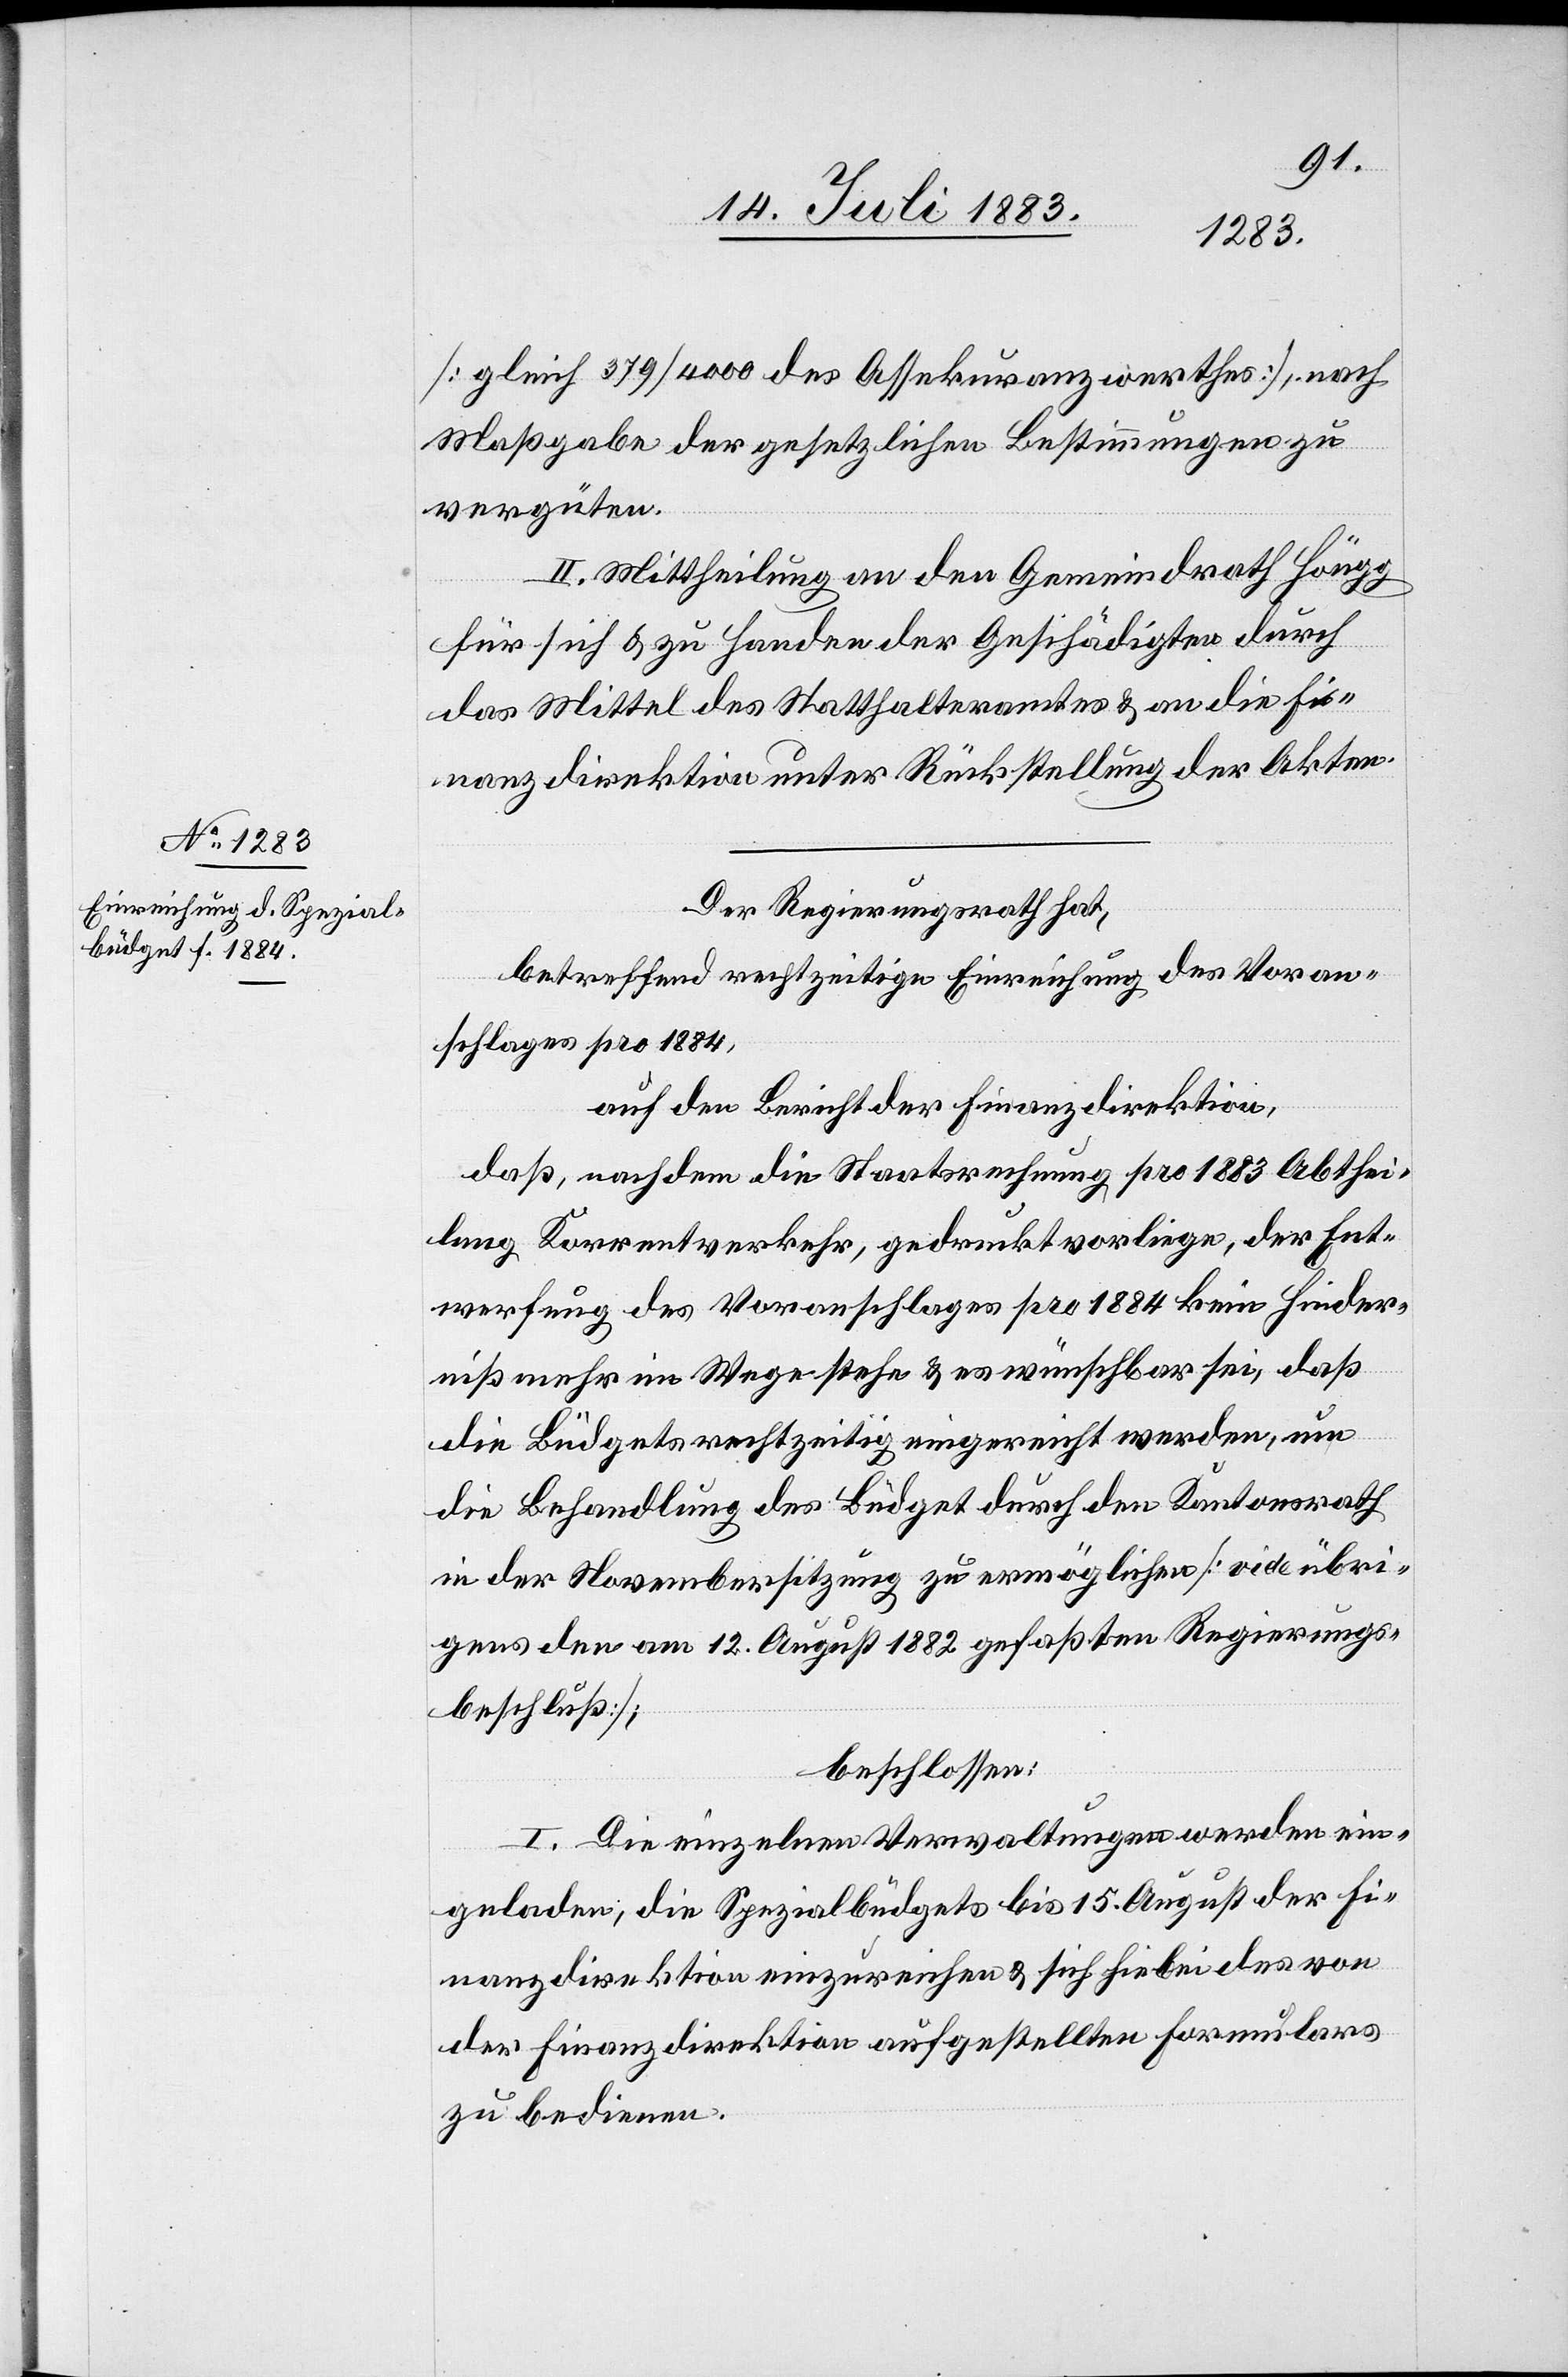
[gleich 379/4000 des Assekuranzwerthes], nach
Maßgabe der gesetzlichen Bestimmungen zu
vergüten.
II. Mittheilung an den Gemeindrath Höngg
für sich & zu Handen der Geschädigten durch
das Mittel des Statthalteramtes & an die Fi¬
nanzdirektion unter Rückstellung der Akten.
Der Regierungsrath hat,
betreffend rechtzeitige Einreichung des Voran¬
schlages pro 1884,
auf den Bericht der Finanzdirektion,
daß, nachdem die Staatsrechnung pro 1883 Abthei¬
lung Korrentverkehr, gedruckt vorliege, der Ent¬
werfung des Voranschlages pro 1884 kein Hinder¬
niß mehr im Wege stehe & es wünschbar sei, daß
die Büdgets rechtzeitig eingereicht werden, nun
die Behandlung des Büdget durch den Kantonsrath
in der Novembersitzung zu ermöglichen [vide übri¬
gens den am 12. August 1882 gefaßten Regierungs¬
beschluß];
beschlossen:
I. Die einzelnen Verwaltungen werden ein¬
geladen, die Spezialbüdgets bis 15. August der Fi¬
nanzdirektion einzureichen & sich hiebei des von
der Finanzdirektion aufgestellten Formulars
zu bedienen.